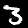
Digit: 3